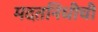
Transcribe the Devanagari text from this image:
मदतनिधीची